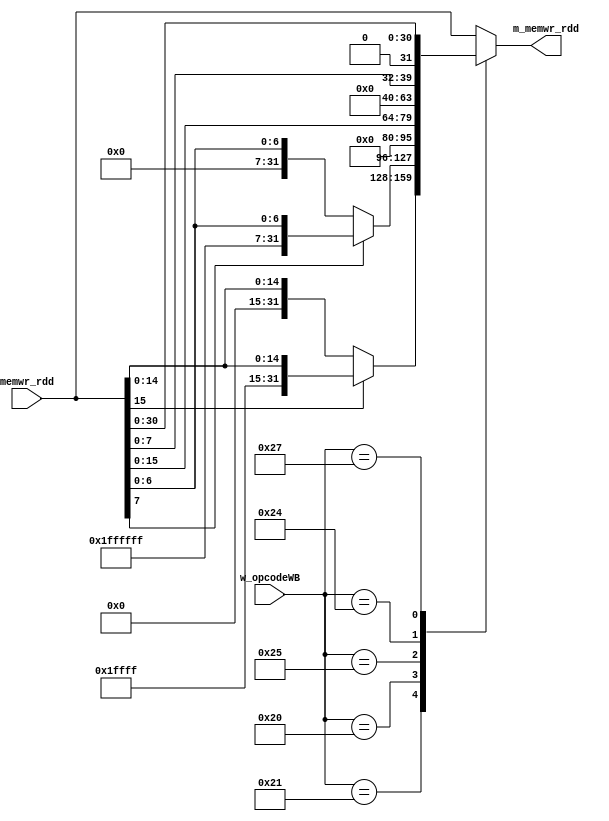
module Detector_lb_lh_lw(
    input wire [5:0]  w_opcodeWB, 
    input wire [31:0] memwr_rdd,
    output reg [31:0] m_memwr_rdd
    );
always@(*)
begin
	case(w_opcodeWB)
	 6'b100001: // lh
	 begin
      if(memwr_rdd[15])
			m_memwr_rdd = {16'b1111111111111111,memwr_rdd[15:0]};
		else
			m_memwr_rdd = {16'b0000000000000000,memwr_rdd[15:0]};
    end
	 
	 6'b100000: // lb
	 begin
		if(memwr_rdd[7])
			m_memwr_rdd = {24'b111111111111111111111111,memwr_rdd[7:0]};
		else
			m_memwr_rdd = {24'b000000000000000000000000,memwr_rdd[7:0]};
    end
	 
	 6'b100101: // lhu
	 begin
      m_memwr_rdd = {16'b00000000000000000,memwr_rdd[15:0]};
    end
	 
	 6'b100100: // lbu
	 begin
      m_memwr_rdd = {24'b000000000000000000000000,memwr_rdd[7:0]};
    end
	 
	 6'b100111: // lwu
	 begin
      m_memwr_rdd = {1'b0,memwr_rdd[30:0]};
    end
	 
	 default: // lw
		m_memwr_rdd = memwr_rdd;
	endcase
end
endmodule